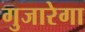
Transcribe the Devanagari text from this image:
गुजारेगा